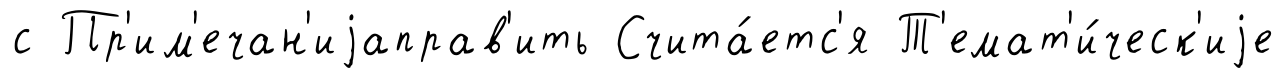
с Пр'им'ечан'иjаправ'ить Счита́етс'я Т'емат'и́ческ'иjе